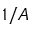
1 / A